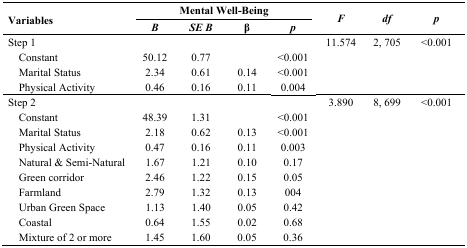
| <ROWSPAN=2> Variables | <COLSPAN=4> Mental Well-Being | <ROWSPAN=2> F | <ROWSPAN=2> df | <ROWSPAN=2> p |
 | B | SE B | β | p |
 | --- | --- | --- | --- | --- | --- | --- | --- |
 | Step 1 |  |  |  |  | 11.574 | 2, 705 | <0.001 |
 | Constant | 50.12 | 0.77 |  | <0.001 |  |  |  |
 | Marital Status | 2.34 | 0.61 | 0.14 | <0.001 |  |  |  |
 | Physical Activity | 0.46 | 0.16 | 0.11 | 0.004 |  |  |  |
 | Step 2 |  |  |  |  | 3.890 | 8, 699 | <0.001 |
 | Constant | 48.39 | 1.31 |  | <0.001 |  |  |  |
 | Marital Status | 2.18 | 0.62 | 0.13 | <0.001 |  |  |  |
 | Physical Activity | 0.47 | 0.16 | 0.11 | 0.003 |  |  |  |
 | Natural & Semi-Natural | 1.67 | 1.21 | 0.10 | 0.17 |  |  |  |
 | Green corridor | 2.46 | 1.22 | 0.15 | 0.05 |  |  |  |
 | Farmland | 2.79 | 1.32 | 0.13 | 004 |  |  |  |
 | Urban Green Space | 1.13 | 1.40 | 0.05 | 0.42 |  |  |  |
 | Coastal | 0.64 | 1.55 | 0.02 | 0.68 |  |  |  |
 | Mixture of 2 or more | 1.45 | 1.60 | 0.05 | 0.36 |  |  |  |